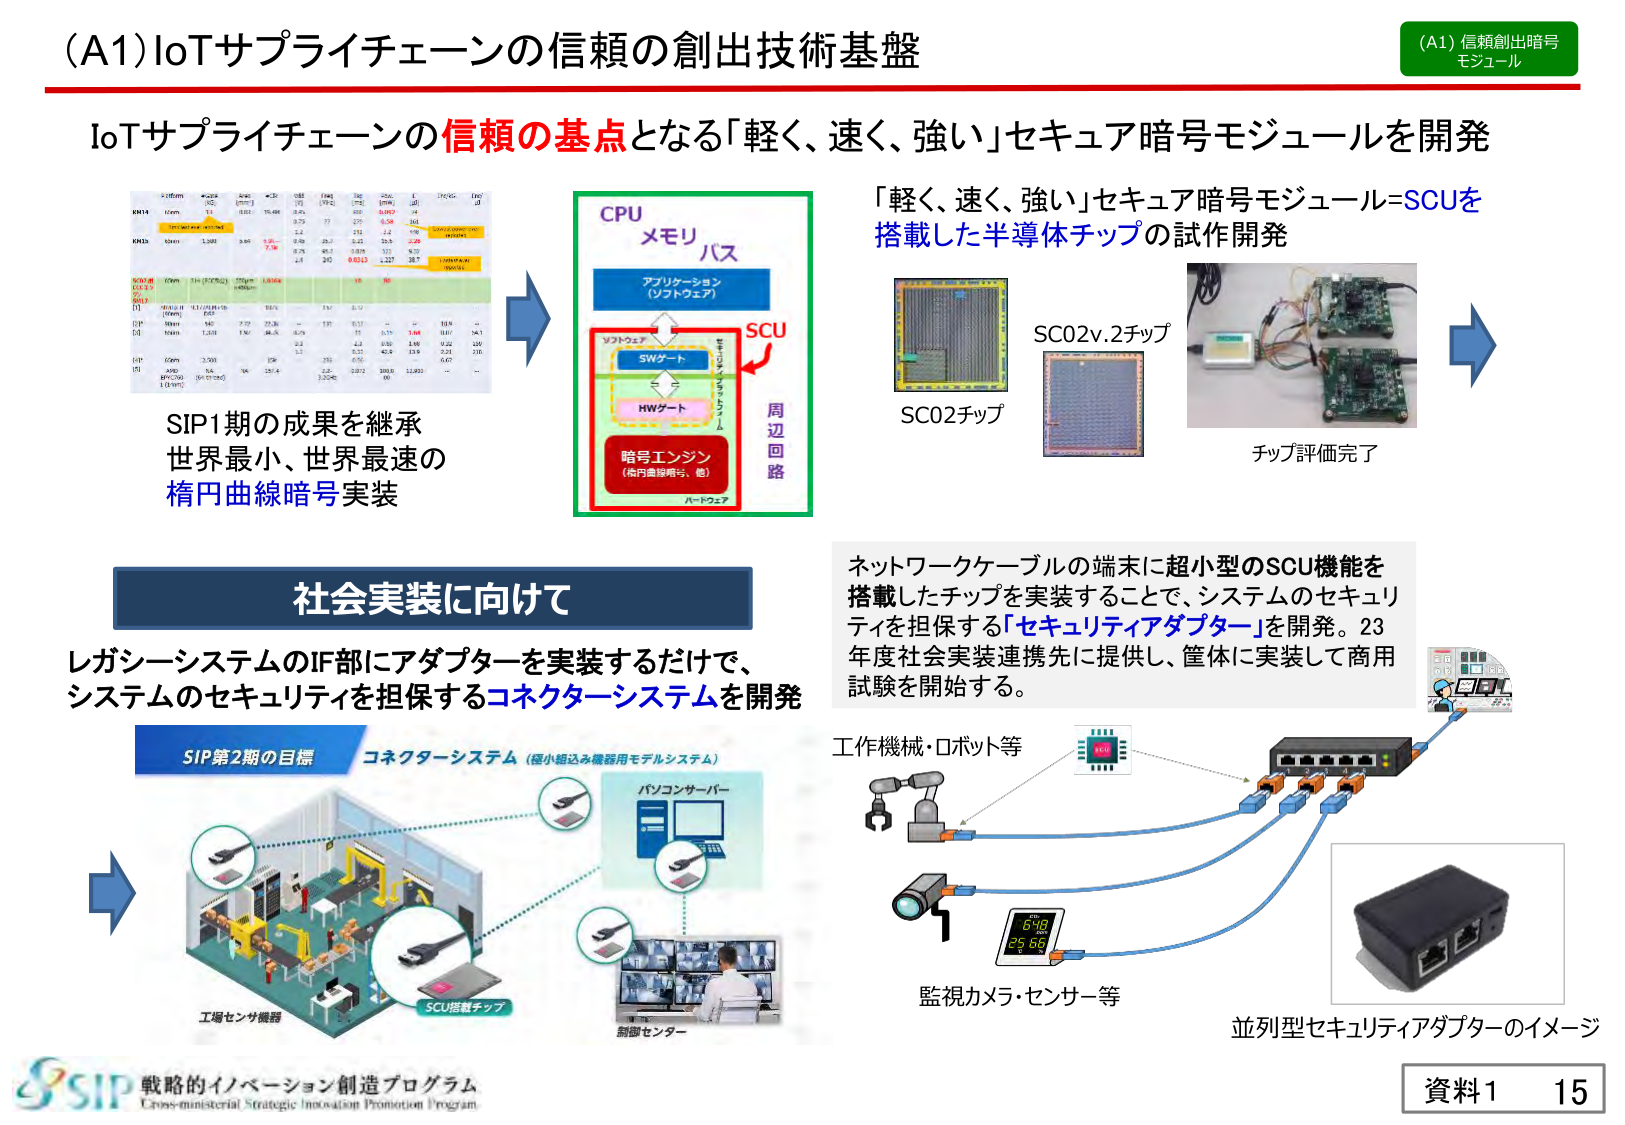
(A1)IoTサプライチェーンの信頼の創出技術基盤
(A1) 信頼創出暗号モジュール

IoTサプライチェーンの信頼の基点となる「軽く、速く、強い」セキュア暗号モジュールを開発

「軽く、速く、強い」セキュア暗号モジュール=SCUを
搭載した半導体チップの試作開発

CPU
メモリ
バス
アプリケーション（ソフトウェア）
ソフトウェア
SWゲート
HWゲート
暗号エンジン（楕円曲線暗号、他）
ハードウェア
SCU
周辺回路

SIP1期の成果を継承
世界最小、世界最速の
楕円曲線暗号実装

SC02v.2チップ
SC02チップ
チップ評価完了

社会実装に向けて

レガシーシステムのIF部にアダプターを実装するだけで、
システムのセキュリティを担保するコネクターシステムを開発

SIP第2期の目標
コネクターシステム（極小組込み機器用モデルシステム）
工場センサ機器
SCU搭載チップ
パソコンサーバー
制御センター

ネットワークケーブルの端末に超小型のSCU機能を
搭載したチップを実装することで、システムのセキュリティを担保する「セキュリティアダプター」を開発。23年度社会実装連携先に提供し、筐体に実装して商用試験を開始する。

工作機械・ロボット等
監視カメラ・センサー等
並列型セキュリティアダプターのイメージ

戦略的イノベーション創造プログラム
Cross-ministerial Strategic Innovation Promotion Program

資料1 15